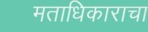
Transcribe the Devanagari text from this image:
मताधिकाराचा